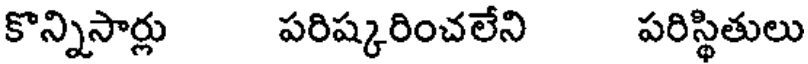
కొన్నిసార్లు పరిష్కరించలేని పరిస్థితులు